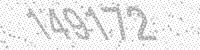
Solution: 149172